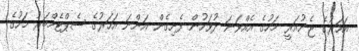
އަހަރުގެ ޖެނުއަރީ މަހުގެ އެއްވަނަ ދުވަހުން ފެށިގެން އަންނަ އަހަރުގެ ސެޕްޓެމްބަރު މަހުގެ